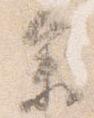
参